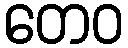
တေဝ